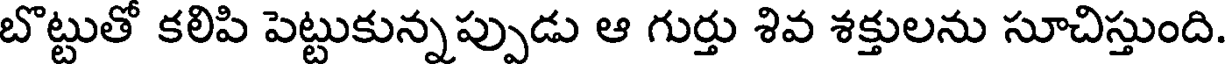
బొట్టుతో కలిపి పెట్టుకున్నప్పుడు ఆ గుర్తు శివ శక్తులను సూచిస్తుంది.